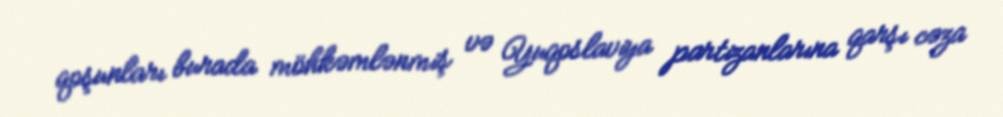
qoşunları burada möhkəmlənmiş və Yuqoslaviya partizanlarına qarşı cəza